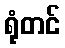
ရုံတင်